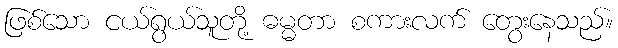
ဖြစ်သော ငယ်ရွယ်သူတို့ ဓမ္မတာ စကားလက် တွေးနေသည်။